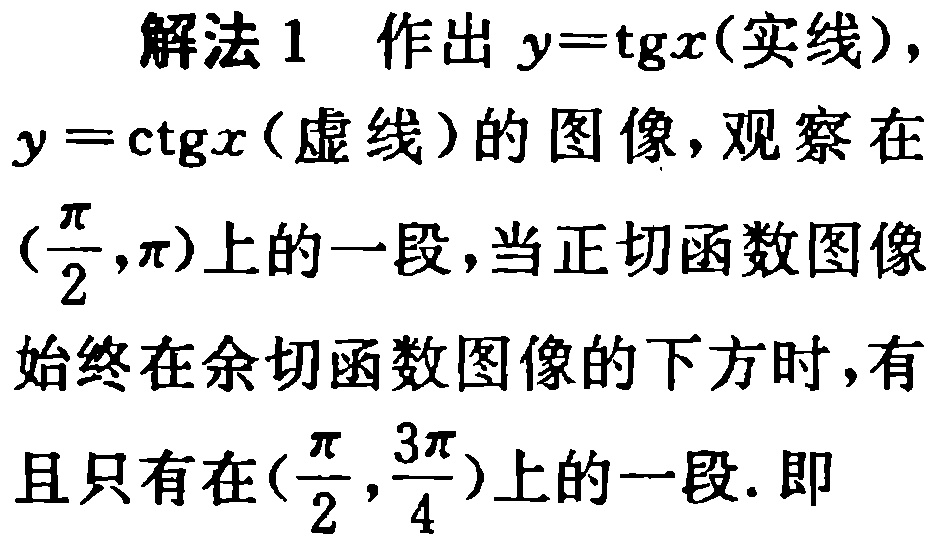
解法1 作出 \(y = \mathrm{tg}x\) (实线), \(y = \mathrm{ctg}x\) (虚线) 的图像, 观察在 \((\frac{\pi}{2},\pi)\) 上的一段, 当正切函数图像始终在余切函数图像的下方时, 有且只有在 \((\frac{\pi}{2},\frac{3\pi}{4})\) 上的一段. 即